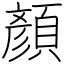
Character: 顏